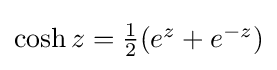
{\textstyle \cosh z={\tfrac {1}{2}}(e^{z}+e^{-z})}